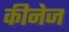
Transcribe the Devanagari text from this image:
कीनेज